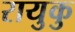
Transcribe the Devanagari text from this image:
रायुकु